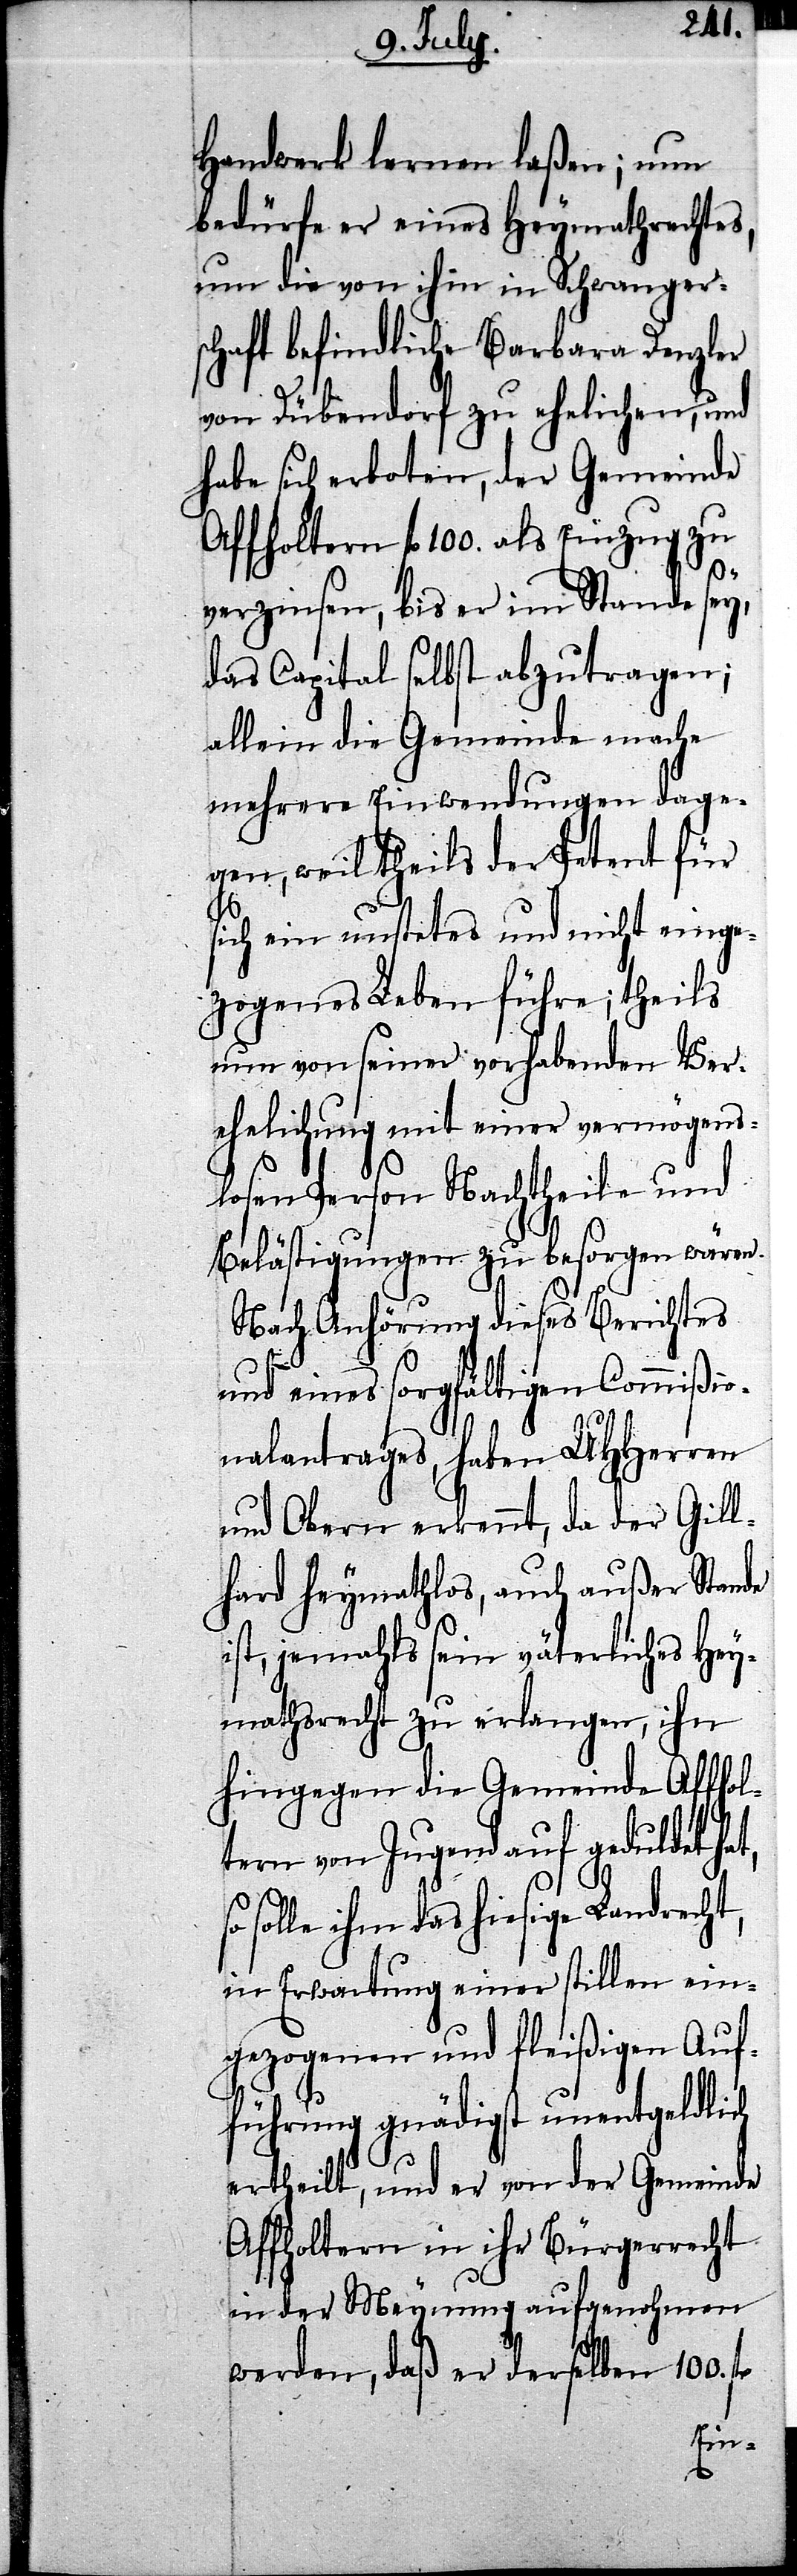
Handwerk lernen laßen; nun
bedürfe er eines Heymathrechtes,
um die von ihm in Schwangers¬
chaft befindliche Barbara Denzler
von Dübendorf zu ehelichen, und
habe sich erboten, der Gemeinde
Affholtern fl. 100. als Einzug zu
verzinsen, bis er im Stande sey
das Capital selbst abzutragen;
allein die Gemeinde mache
mehrere Einwendungen dage¬
gen, weil theils der Petent für
sich ein unstetes und nicht einge¬
zogenes Leben führe; theils
nun von seiner vorhabenden Ver¬
ehelichung mit einer vermögens¬
losen Person Nachtheile und
Belästigungen zu besorgen wären.
Nach Anhörung dieses Berichtes
und eines sorgfältigen Commißio¬
nalantrages, haben UHHerren
und Obern erkennt, da der Gill¬
hard heymathlos, auch außer Stande
ist, jemahls sein väterliches Hey¬
mathsrecht zu erlangen, ihn
hingegen die Gemeinde Affhol¬
tern von Jugend auf geduldet hat,
solle ihm das hiesige Landrecht,
in Erwartung einer stillen ein¬
gezogenen und fleißigen Auf¬
führung gnädigst unentgeldlich
ertheilt, und er von der Gemeinde
Affholtern in ihr Bürgerrecht
in der Meynung aufgenohmen
werden, daß er derselben 100.fl.